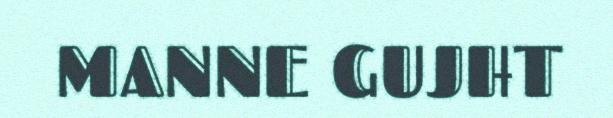
MANNE GUJHT